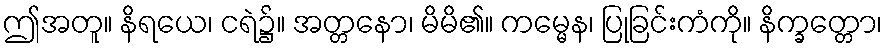
ဤအတူ။ နိရယေ၊ ငရဲ၌။ အတ္တနော၊ မိမိ၏။ ကမ္မေန၊ ပြုခြင်းကံကို။ နိက္ခတ္တော၊